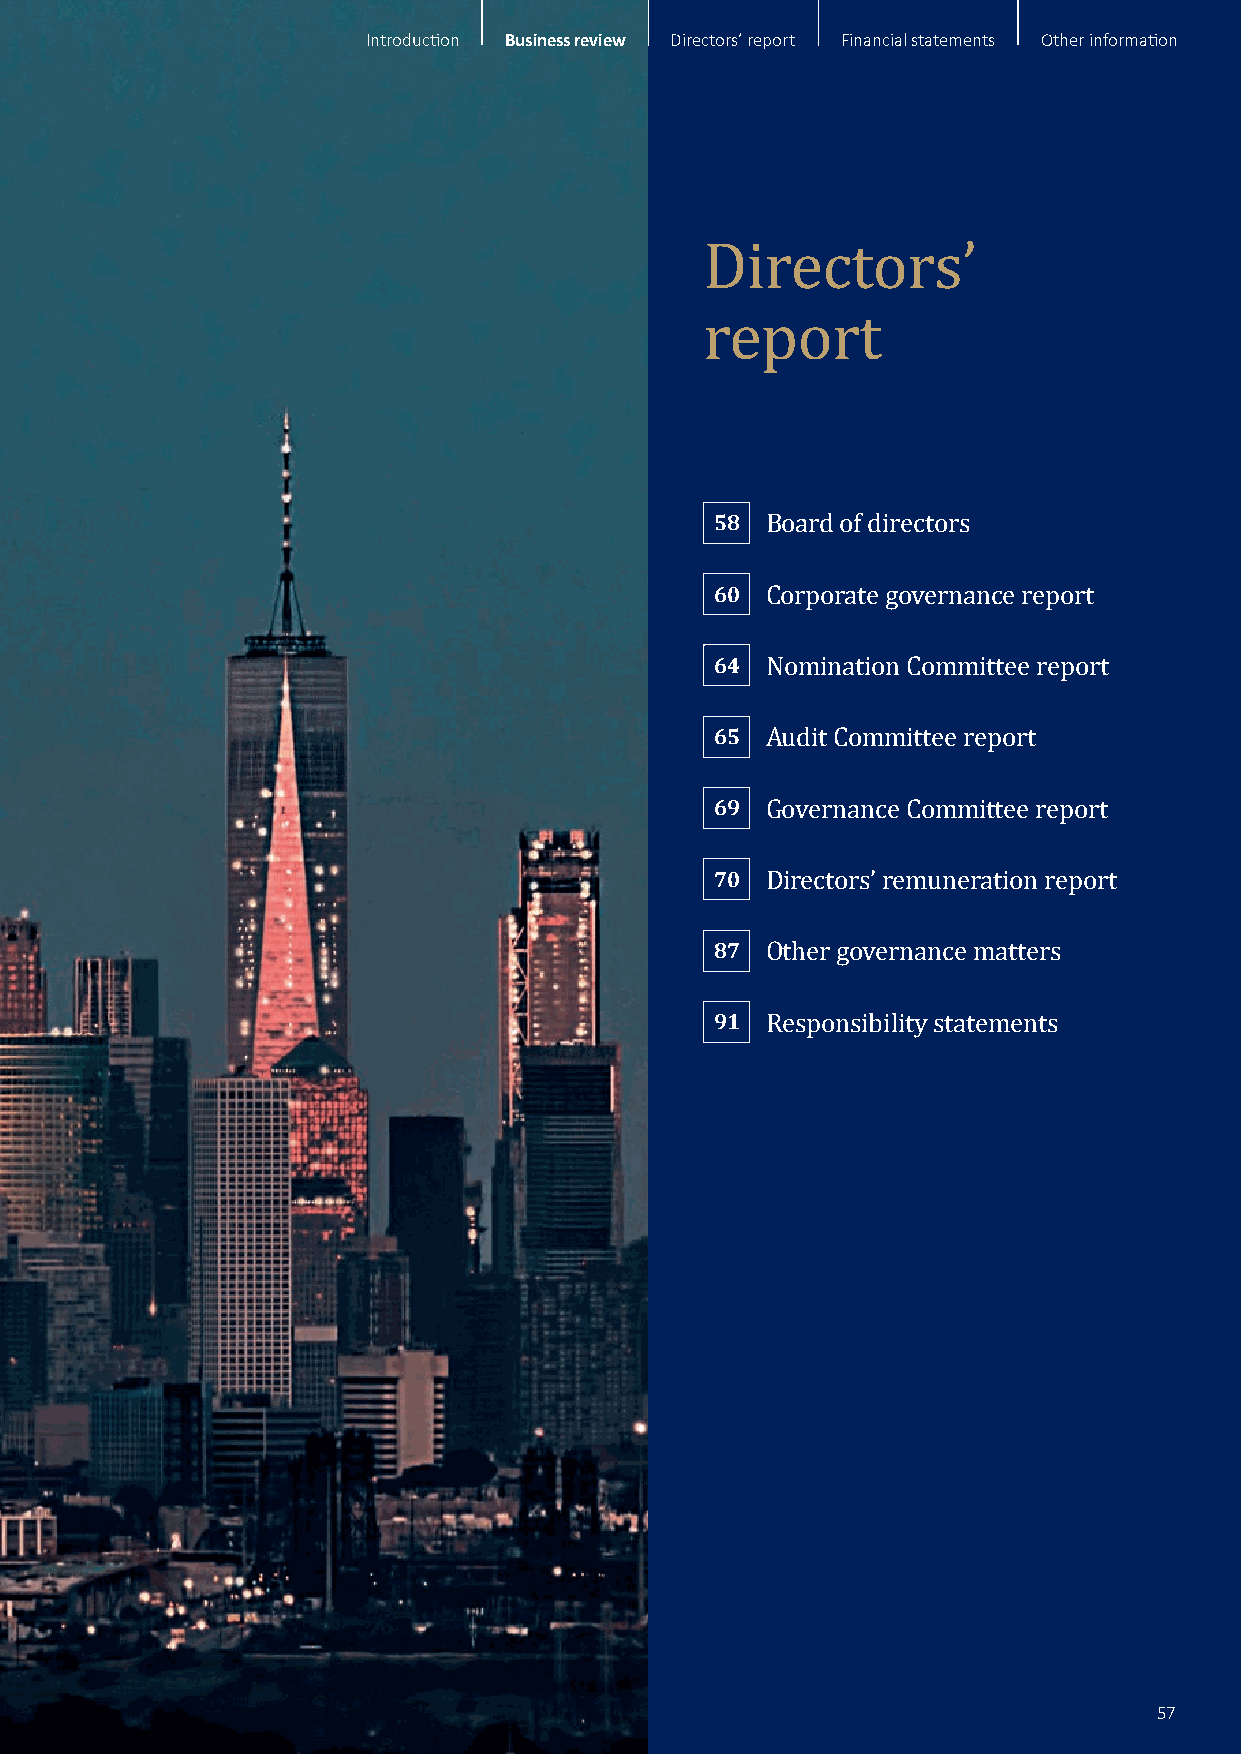
Introduction Business review Directors’ report Financial statements Other information
 Directors’
 report
 58
 Board of directors
 60
 Corporate governance report
 64
 Nomination Committee report
 65
 Audit Committee report
 69
 Governance Committee report
 70
 Directors’ remuneration report
 87
 Other governance matters
 91
 Responsibility statements
 57